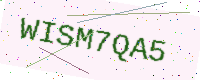
Text: WISM7QA5